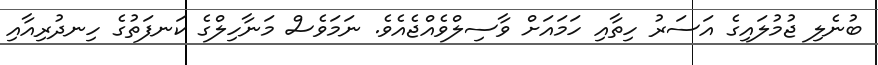
ބުނެލި ޖުމުލައިގެ އަސަރު ހިތާއި ހަމައަށް ވާސިލްވެއްޖެއެވެ. ނަމަވެސް މަނާހިލްގެ ކަނފަތުގެ ހިނދުރިއާއި